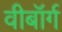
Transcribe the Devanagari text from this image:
वीबॉर्ग